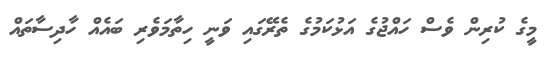
މީގެ ކުރިން ވެސް ހައްޖުގެ އަޅުކަމުގެ ތެރޭގައި ވަނީ ހިތާމަވެރި ބައެއް ހާދިސާތައް